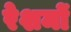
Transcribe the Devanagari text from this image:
रेशमों